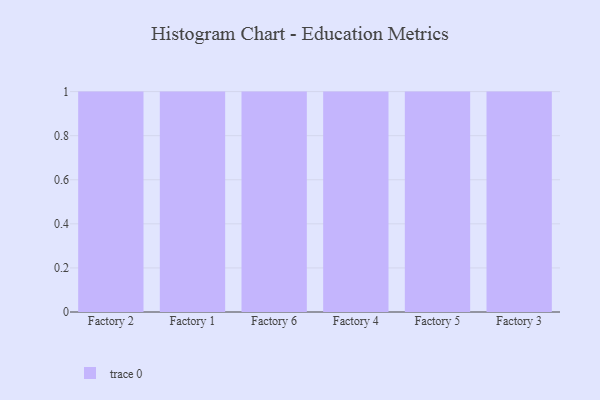
{"axis": {"x": "Factory", "y": "Headcount"}, "legend": [""], "data": [{"x": "Factory 2", "y": 80, "type": ""}, {"x": "Factory 1", "y": 16, "type": ""}, {"x": "Factory 6", "y": 36, "type": ""}, {"x": "Factory 4", "y": 35, "type": ""}, {"x": "Factory 5", "y": 75, "type": ""}, {"x": "Factory 3", "y": 44, "type": ""}]}